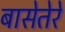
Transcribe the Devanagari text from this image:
बासेतेरे